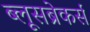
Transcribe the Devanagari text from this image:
ब्लूसब्रेकर्स